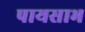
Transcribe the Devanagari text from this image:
पायसाभ